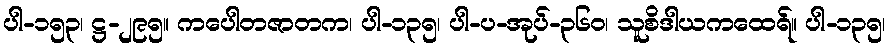
ပါ-၁၅၃၊ ဋ္ဌ-၂၉၅။ ကပေါတဇာတက၊ ပါ-၁၃၅၊ ပါ-ပ-အုပ်-၃၆၀၊ သူစိဒါယကထေရ်။ ပါ-၁၃၅၊